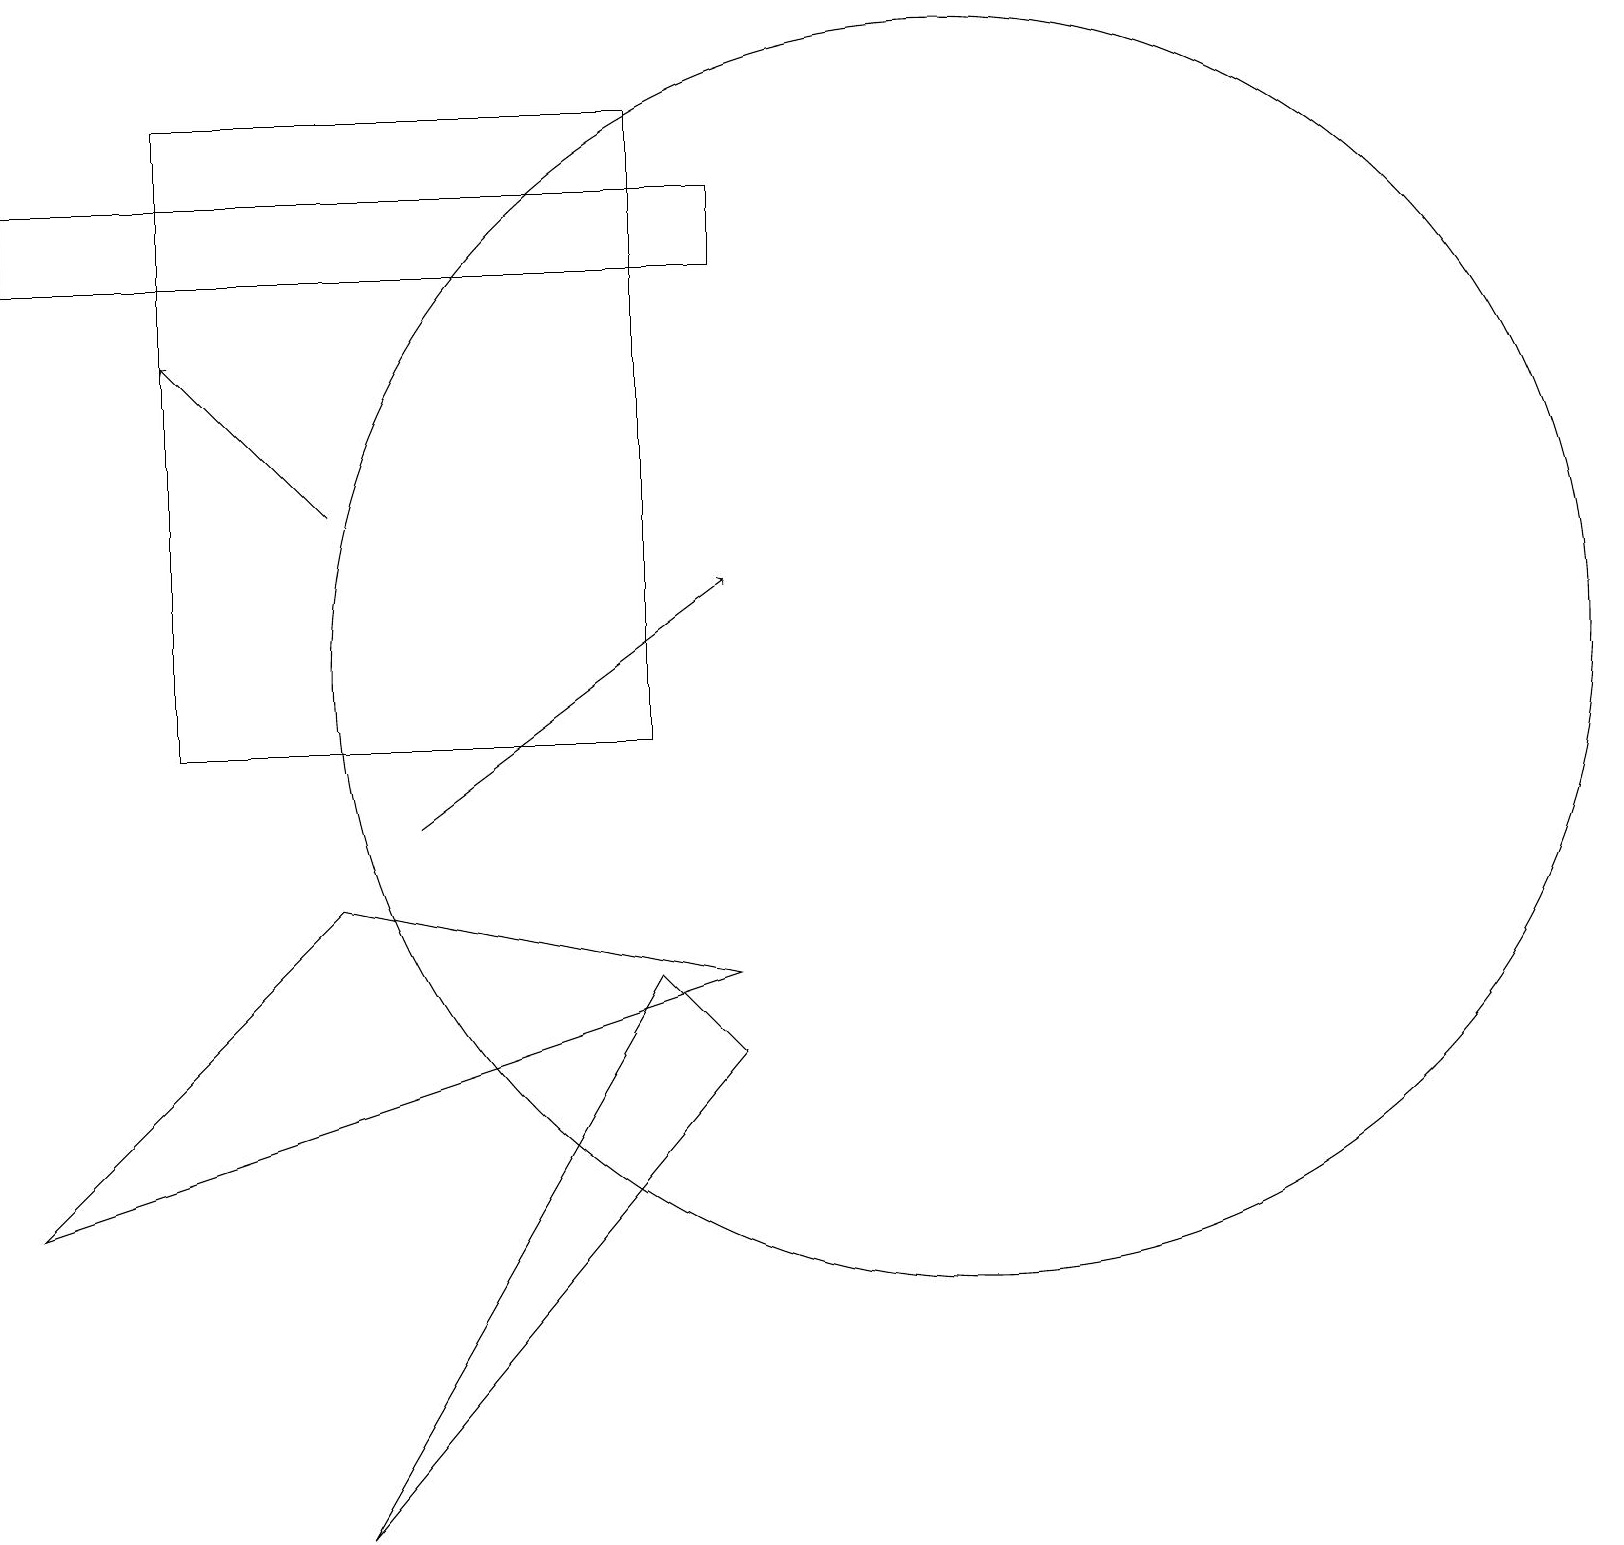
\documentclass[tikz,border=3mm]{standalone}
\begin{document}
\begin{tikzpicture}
\draw[->] (5,10) -- (9,13);
\draw (4,1) -- (9,7) -- (8,8) -- cycle;
\draw (8,11) rectangle (2,19);
\draw[->] (4,14) -- (2,16);
\draw (4,9) -- (0,5) -- (9,8) -- cycle;
\draw (9,17) rectangle (0,18);
\draw (12,12) circle (8);
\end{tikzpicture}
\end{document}